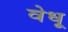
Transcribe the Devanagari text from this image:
वेधू